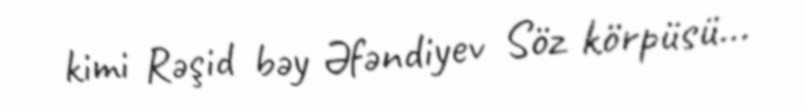
kimi Rəşid bəy Əfəndiyev Söz körpüsü...